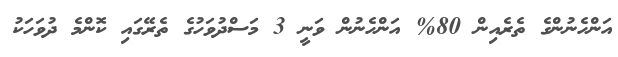
އަންހެނުންގެ ތެރެއިން 80% އަންހެނުން ވަނީ 3 މަސްދުވަހުގެ ތެރޭގައި ކޮންމެ ދުވަހަކު